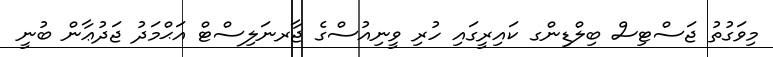
މިވަގުތު ޖަސްޓިސް ބިލްޑިންގ ކައިރީގައި ހުރި ވީނިއުސްގެ ޖާރނަލިސްޓް އަޙްމަދު ޖަދުޢާން ބުނީ